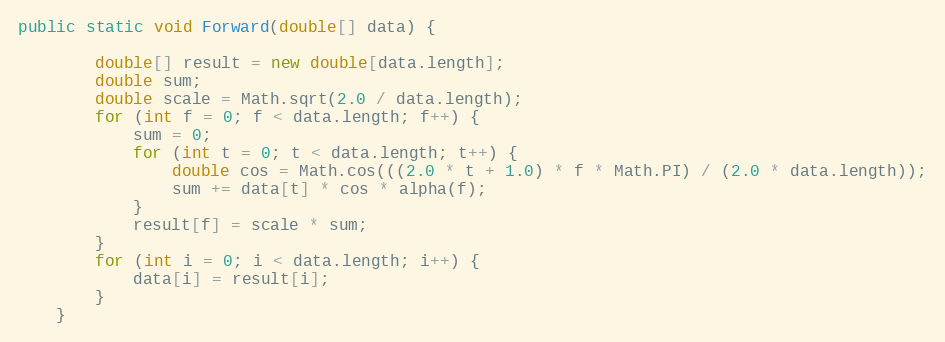
Language: Java
public static void Forward(double[] data) {

        double[] result = new double[data.length];
        double sum;
        double scale = Math.sqrt(2.0 / data.length);
        for (int f = 0; f < data.length; f++) {
            sum = 0;
            for (int t = 0; t < data.length; t++) {
                double cos = Math.cos(((2.0 * t + 1.0) * f * Math.PI) / (2.0 * data.length));
                sum += data[t] * cos * alpha(f);
            }
            result[f] = scale * sum;
        }
        for (int i = 0; i < data.length; i++) {
            data[i] = result[i];
        }
    }